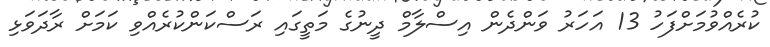
ކުރެއްވުމަށްފަހު 13 އަހަރު ވަންދެން އިސްލާމް ދީނުގެ މަތީގައި ރަސްކަންކުރެއްވި ކަމަށް ރާދަވަޅި